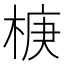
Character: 椩